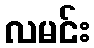
လမင်း